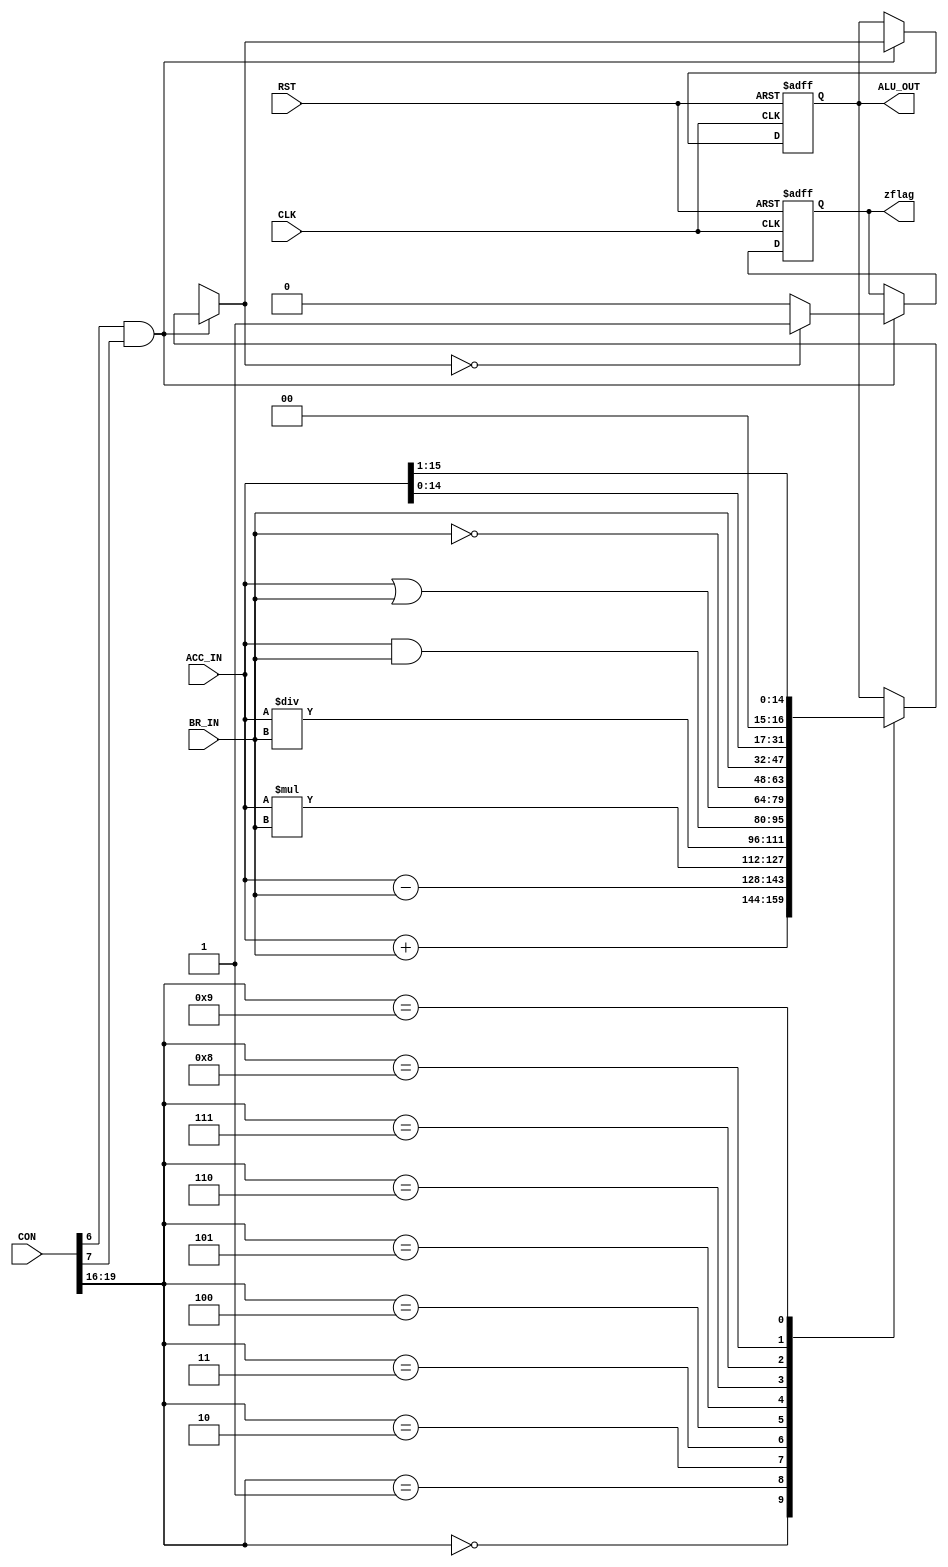
`timescale 1ns / 1ps
//////////////////////////////////////////////////////////////////////////////////
// Company: 
// Engineer: 
// 
// Design Name: 
// Module Name:    ALU_001 
// Project Name: 
// Target Devices: 
// Tool versions: 
// Description: 
//
// Dependencies: 
//
// Revision: 
// Revision 0.01 - File Created
// Additional Comments: 
//
//////////////////////////////////////////////////////////////////////////////////
module ALU_001(ACC_IN,BR_IN,ALU_OUT,CON,CLK,zflag,RST);

	input CLK,RST;
	input signed[15:0] BR_IN,ACC_IN;
	input [31:0] CON;
	output reg zflag;
	output reg [15:0] ALU_OUT;

	initial
		begin
		ALU_OUT <= 0;
		zflag <= 0;
	end

	always@(posedge CLK or posedge RST)
		begin
		if(RST)
			begin
			ALU_OUT = 0;
			zflag = 0;
		end
		else
			begin
			if(CON[6]&&CON[7])
				begin
				case(CON[19:16])
					4'b0000:	ALU_OUT = ACC_IN + BR_IN;
					4'b0001:	ALU_OUT = ACC_IN - BR_IN;
					4'b0010:	ALU_OUT = ACC_IN * BR_IN;
					4'b0011:	ALU_OUT = ACC_IN / BR_IN;
					4'b0100:	ALU_OUT = ACC_IN & BR_IN;
					4'b0101:	ALU_OUT = ACC_IN | BR_IN;
					4'b0110:	ALU_OUT = ~BR_IN ;
					4'b0111:	ALU_OUT = BR_IN;
					4'b1000:	ALU_OUT = ACC_IN << 1;
					4'b1001:	ALU_OUT = ACC_IN >> 1;
					//4'b1010:	ALU_OUT = BR_IN + 1;
					//4'b1011:	ALU_OUT = BR_IN - 1;
					default:;
				endcase
				if(ALU_OUT==0)
					zflag = 1;
				else
					zflag = 0;
			end
			else;
		end		
	end
endmodule